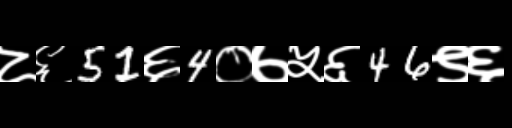
Text: ८६51६4०७५६46९६